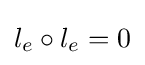
l_{e}\circ l_{e}=0